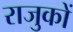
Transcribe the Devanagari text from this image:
राजुकों